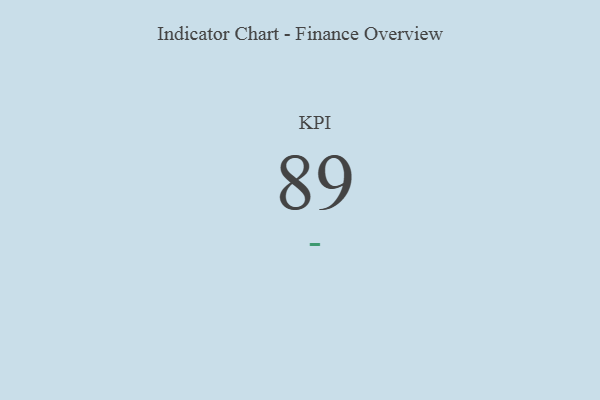
{"axis": {"x": "KPI", "y": "Value"}, "legend": [""], "data": [{"x": "KPI", "y": 89, "type": ""}]}